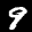
Label: 9